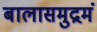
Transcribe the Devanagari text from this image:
बालासमुद्रमं